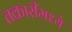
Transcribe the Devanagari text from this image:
तक्रारींमध्ये